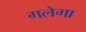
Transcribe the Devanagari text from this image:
गलेगा